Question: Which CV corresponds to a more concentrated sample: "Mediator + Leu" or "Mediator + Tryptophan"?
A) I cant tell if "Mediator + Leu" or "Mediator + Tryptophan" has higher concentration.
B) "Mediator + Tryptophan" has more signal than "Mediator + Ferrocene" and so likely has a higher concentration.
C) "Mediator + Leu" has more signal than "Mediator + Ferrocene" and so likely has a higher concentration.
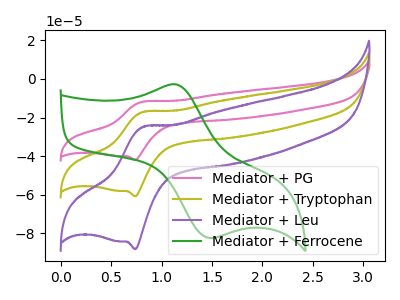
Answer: <think>The pink curve "Mediator + PG" has an anodic peak at (0.80V, -34.15uA) and a cathodic peak at (0.75V, -121.50uA). The olive curve "Mediator + Tryptophan" has an anodic peak at (0.80V, -17.10uA) and a cathodic peak at (0.75V, -60.75uA). The purple curve "Mediator + Leu" has an anodic peak at (0.80V, -24.80uA) and a cathodic peak at (0.75V, -88.15uA). The green curve "Mediator + Ferrocene" has an anodic peak at (1.15V, -2.95uA) and a cathodic peak at (1.50V, -82.35uA).
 All the peaks in "Mediator + Leu" have a peak in "Mediator + Tryptophan" at the same potential.</think>
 <answer>A) I cant tell if "Mediator + Leu" or "Mediator + Tryptophan" has higher concentration.</answer>
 <eval>A</eval>